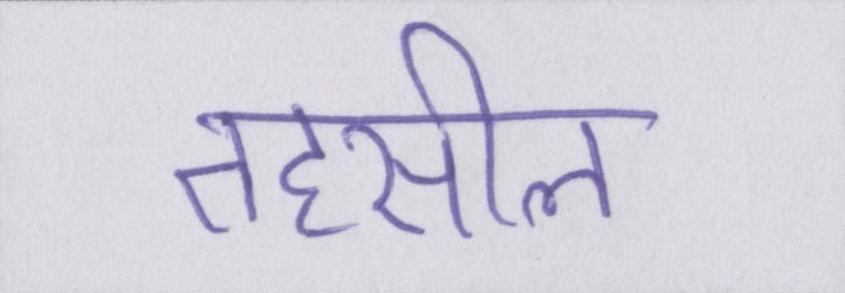
तहसील